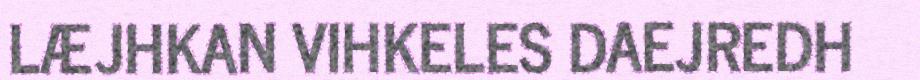
LÆJHKAN VIHKELES DAEJREDH